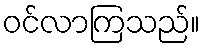
ဝင်လာကြသည်။